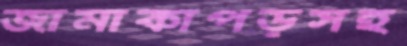
জামাকাপড়সহ